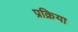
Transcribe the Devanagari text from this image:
प्रक्रिया